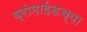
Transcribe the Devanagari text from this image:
ब्रोमाईडच्या